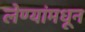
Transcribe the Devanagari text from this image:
लेण्यांमधून